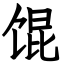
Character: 馄